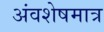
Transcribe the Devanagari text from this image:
अंवशेषमात्र